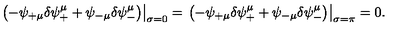
\left. \left( - \psi _ { + \mu } \delta \psi _ { + } ^ { \mu } + \psi _ { - \mu } \delta \psi _ { - } ^ { \mu } \right) \right| _ { \sigma = 0 } = \left. \left( - \psi _ { + \mu } \delta \psi _ { + } ^ { \mu } + \psi _ { - \mu } \delta \psi _ { - } ^ { \mu } \right) \right| _ { \sigma = \pi } = 0 .